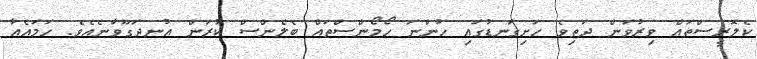
ކެލޮރީސްތައް ވިރުވަން ދަތިވެ ހަށިގަނޑުގައި ހުންނަ ހޯމޯންސްތައް ބެލެންސް ކުރަން އުނދަގޫވާނެއެވެ. ހަމައެއާ